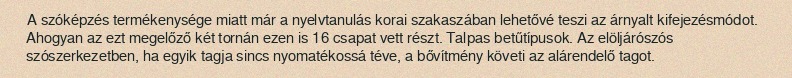
A szóképzés termékenysége miatt már a nyelvtanulás korai szakaszában lehetővé teszi az árnyalt kifejezésmódot. Ahogyan az ezt megelőző két tornán ezen is 16 csapat vett részt. Talpas betűtípusok. Az elöljárószós szószerkezetben, ha egyik tagja sincs nyomatékossá téve, a bővítmény követi az alárendelő tagot.